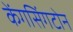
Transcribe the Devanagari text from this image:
केंगसिंगटोन